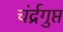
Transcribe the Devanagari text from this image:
चंर्द्रगुप्त